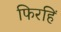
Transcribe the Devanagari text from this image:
फिरहिं